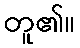
တူ၏။